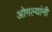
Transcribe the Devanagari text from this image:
ओगल्यांनी